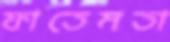
ফাতেমতা